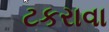
ટકરાવા